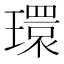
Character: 環